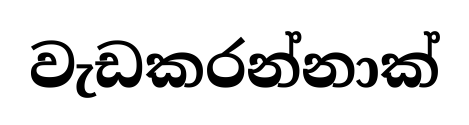
වැඩකරන්නාක්